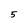
Character: 5